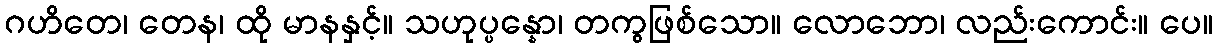
ဂဟိတေ၊ တေန၊ ထို မာနနှင့်။ သဟုပ္ပန္နော၊ တကွဖြစ်သော။ လောဘော၊ လည်းကောင်း။ ပေ။